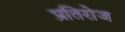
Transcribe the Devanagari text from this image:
प्रतिरोज